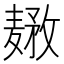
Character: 𱋤